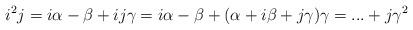
LaTeX: \begin{align*}i^{2}j=i\alpha -\beta +ij\gamma=i\alpha -\beta +(\alpha +i\beta +j\gamma)\gamma = ... + j \gamma^{2}\end{align*}